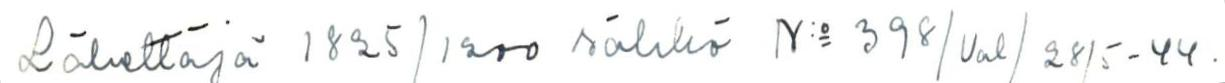
Lähettäjä 1825/1200 sähkö n:o 398/Val/28/5-454.